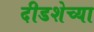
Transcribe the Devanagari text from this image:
दीडशेच्या